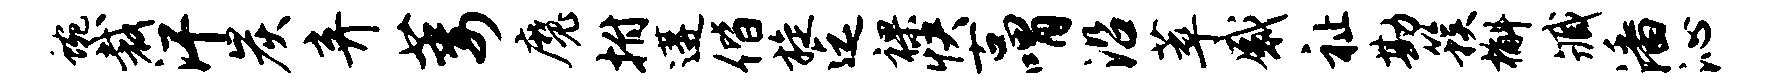
蜿裁汗炭弃萎魔拊遘偕旋迄裸快古喟沿萃感祉勘簇槲臧潘沁